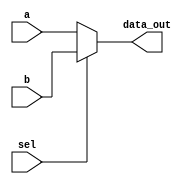
`timescale 1ns / 1ps
//////////////////////////////////////////////////////////////////////////////////
// Company: 
// Engineer: 
// 
// Design Name: 
// Module Name: ALU_64_bit
// Project Name: 
// Target Devices: 
// Tool Versions: 
// Description: 
// 
// Dependencies: 
// 
// Revision:
// Revision 0.01 - File Created
// Additional Comments:
// 
//////////////////////////////////////////////////////////////////////////////////


module Mux
(
	input [63:0] a,
	input [63:0] b,
	input  sel,
	
	output reg [63:0]data_out
);



always @ (a, b, sel)
begin
	if (!sel)
		data_out = a;
	else
		data_out = b;
end

endmodule 

module ALU_64_bit
(
	input [63:0]a, b,
	input [3:0] ALUOp,
	input [2:0]funct3,
	output reg [63:0] Result,
	output  reg ZERO
);

localparam [3:0]
AND = 4'b0000,
OR	= 4'b0001,
ADD	= 4'b0010,
Sub	= 4'b0110,
NOR = 4'b1100,
SLLI = 4'b1000;

always @ (ALUOp, a, b)
begin
	case (ALUOp)
		AND: Result = a & b;
		OR:	 Result = a | b;
		ADD: Result = a + b;
		Sub: Result = a-b;
		NOR: Result = ~(a | b);
		SLLI: Result = a << b;
		
		default: Result = 0;
	endcase
end
always @(*)
    begin
    case (funct3)
    3'b000: ZERO=(Result == 64'b0 ? 1 : 0);
    3'b100: ZERO=(Result[63]== 1 ? 1 : 0);
    3'b101: ZERO =(Result[63] == 0 ? 1 : 0);
    default : ZERO =0;
    endcase
    end

endmodule 

module Adder
(
	input [63:0] a,b,
	output reg [63:0] out
);

	
	
	always @ (a or b)
		out=a+b;

endmodule